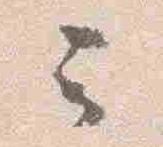
云